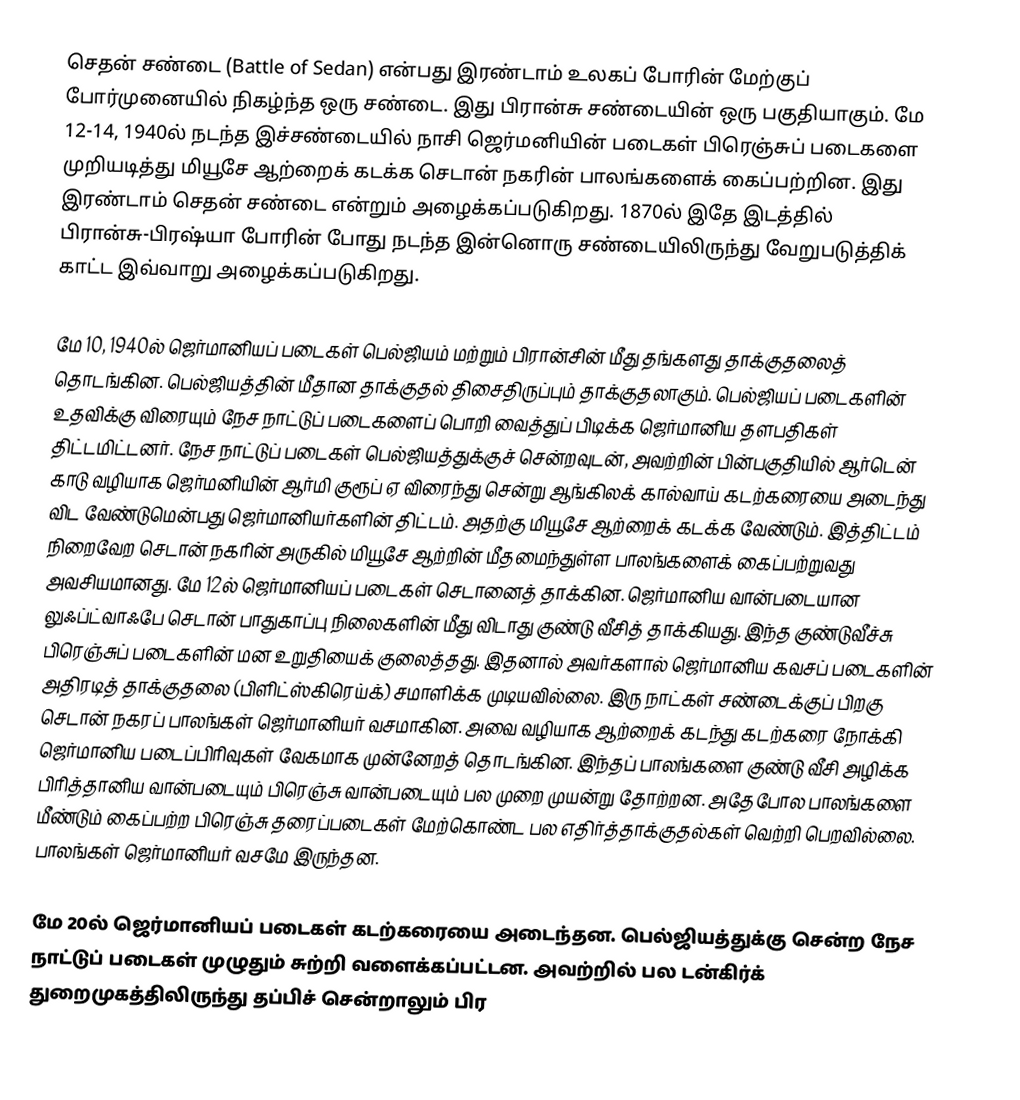
செதன் சண்டை (Battle of Sedan) என்பது இரண்டாம் உலகப் போரின் மேற்குப் போர்முனையில் நிகழ்ந்த ஒரு சண்டை. இது பிரான்சு சண்டையின் ஒரு பகுதியாகும். மே 12-14, 1940ல் நடந்த இச்சண்டையில் நாசி ஜெர்மனியின் படைகள் பிரெஞ்சுப் படைகளை முறியடித்து மியூசே ஆற்றைக் கடக்க செடான் நகரின் பாலங்களைக் கைப்பற்றின. இது இரண்டாம் செதன் சண்டை என்றும் அழைக்கப்படுகிறது. 1870ல் இதே இடத்தில் பிரான்சு-பிரஷ்யா போரின் போது நடந்த இன்னொரு சண்டையிலிருந்து வேறுபடுத்திக் காட்ட இவ்வாறு அழைக்கப்படுகிறது.

மே 10, 1940ல் ஜெர்மானியப் படைகள் பெல்ஜியம் மற்றும் பிரான்சின் மீது தங்களது தாக்குதலைத் தொடங்கின. பெல்ஜியத்தின் மீதான தாக்குதல் திசைதிருப்பும் தாக்குதலாகும். பெல்ஜியப் படைகளின் உதவிக்கு விரையும் நேச நாட்டுப் படைகளைப் பொறி வைத்துப் பிடிக்க ஜெர்மானிய தளபதிகள் திட்டமிட்டனர். நேச நாட்டுப் படைகள் பெல்ஜியத்துக்குச் சென்றவுடன், அவற்றின் பின்பகுதியில் ஆர்டென் காடு வழியாக ஜெர்மனியின் ஆர்மி குரூப் ஏ விரைந்து சென்று ஆங்கிலக் கால்வாய் கடற்கரையை அடைந்து விட வேண்டுமென்பது ஜெர்மானியர்களின் திட்டம். அதற்கு மியூசே ஆற்றைக் கடக்க வேண்டும். இத்திட்டம் நிறைவேற செடான் நகரின் அருகில் மியூசே ஆற்றின் மீதமைந்துள்ள பாலங்களைக் கைப்பற்றுவது அவசியமானது. மே 12ல் ஜெர்மானியப் படைகள் செடானைத் தாக்கின. ஜெர்மானிய வான்படையான லுஃப்ட்வாஃபே செடான் பாதுகாப்பு நிலைகளின் மீது விடாது குண்டு வீசித் தாக்கியது. இந்த குண்டுவீச்சு பிரெஞ்சுப் படைகளின் மன உறுதியைக் குலைத்தது. இதனால் அவர்களால் ஜெர்மானிய கவசப் படைகளின் அதிரடித் தாக்குதலை (பிளிட்ஸ்கிரெய்க்) சமாளிக்க முடியவில்லை. இரு நாட்கள் சண்டைக்குப் பிறகு செடான் நகரப் பாலங்கள் ஜெர்மானியர் வசமாகின. அவை வழியாக ஆற்றைக் கடந்து கடற்கரை நோக்கி ஜெர்மானிய படைப்பிரிவுகள் வேகமாக முன்னேறத் தொடங்கின. இந்தப் பாலங்களை குண்டு வீசி அழிக்க பிரித்தானிய வான்படையும் பிரெஞ்சு வான்படையும் பல முறை முயன்று தோற்றன. அதேபோல பாலங்களை மீண்டும் கைப்பற்ற பிரெஞ்சு தரைப்படைகள் மேற்கொண்ட பல எதிர்த்தாக்குதல்கள் வெற்றி பெறவில்லை. பாலங்கள் ஜெர்மானியர் வசமே இருந்தன.

மே 20ல் ஜெர்மானியப் படைகள் கடற்கரையை அடைந்தன. பெல்ஜியத்துக்கு சென்ற நேச நாட்டுப் படைகள் முழுதும் சுற்றி வளைக்கப்பட்டன. அவற்றில் பல டன்கிர்க் துறைமுகத்திலிருந்து தப்பிச் சென்றாலும் பிர